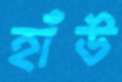
হাঁউ